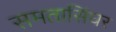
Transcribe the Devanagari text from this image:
समतासिंघर